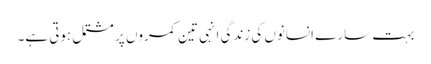
بہت سارے انسانوں کی زندگی انہی تین کمروں پر مشتمل ہوتی ہے۔